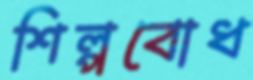
শিল্পবোধ